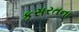
કસરતના